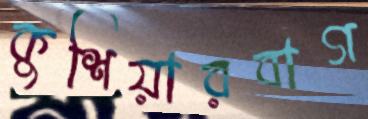
কুশিয়ারবাগ